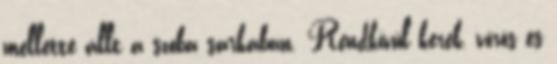
mellette állt a szoba sarkában. Rendkívül kerek, vörös és